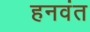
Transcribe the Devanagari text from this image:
हनवंत